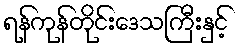
ရန်ကုန်တိုင်းဒေသကြီးနှင့်